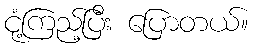
ငုံ့ကြည့်ပြီး ပြောတယ်။